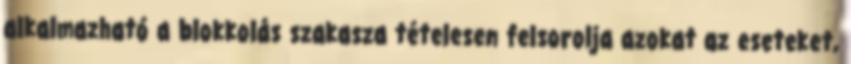
alkalmazható a blokkolás szakasza tételesen felsorolja azokat az eseteket,